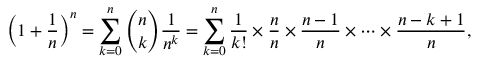
\left( 1 + { \frac { 1 } { n } } \right) ^ { n } = \sum _ { k = 0 } ^ { n } { \binom { n } { k } } { \frac { 1 } { n ^ { k } } } = \sum _ { k = 0 } ^ { n } { \frac { 1 } { k ! } } \times { \frac { n } { n } } \times { \frac { n - 1 } { n } } \times \cdots \times { \frac { n - k + 1 } { n } } ,